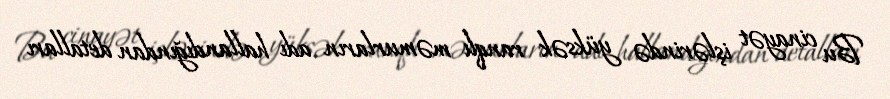
Bu cinayət işlərində yüksək ranqlı məmurların adı hallandığından detalları